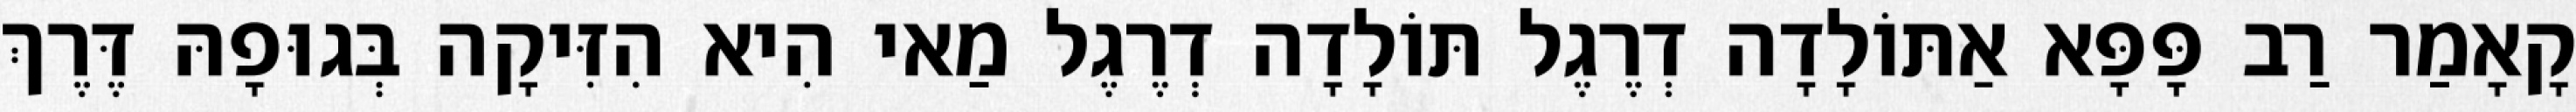
קָאָמַר רַב פָּפָּא אַתּוֹלָדָה דְרֶגֶל תּוֹלָדָה דְרֶגֶל מַאי הִיא הִזִּיקָה בְּגוּפָהּ דֶּרֶךְ